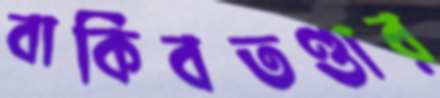
বাকিবতণ্ডার